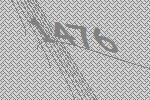
1476